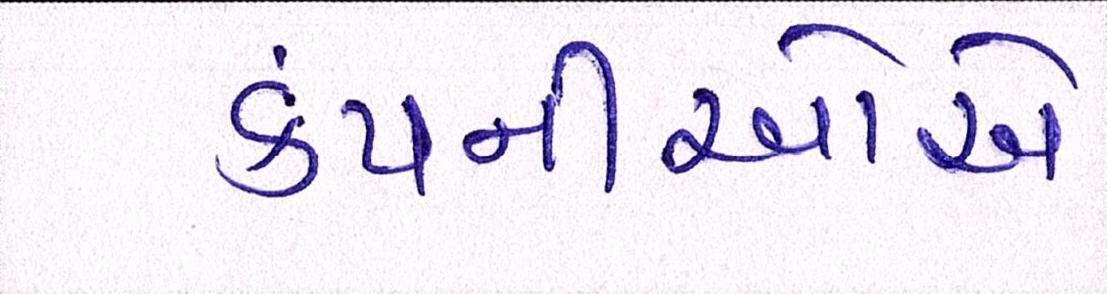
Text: કંપનીઓએ